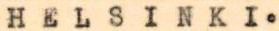
HELSINKI.